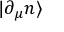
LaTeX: | \partial _ { \mu } n \rangle